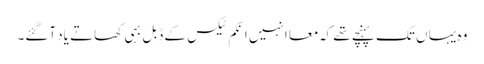
وہ یہا ں تک پہنچے تھے کہ معاً انہیں انکم ٹیکس کے ڈبل بہی کھاتے یاد آگئے۔